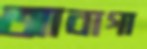
আবাগা